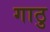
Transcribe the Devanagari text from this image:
गाठु